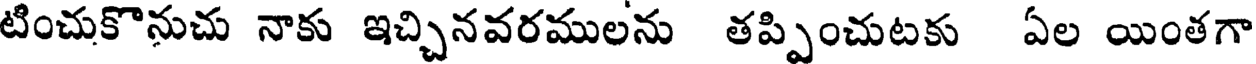
టించుకొనుచు నాకు ఇచ్చినవరములను తప్పించుటకు ఏల యింతగా